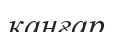
қаңғар